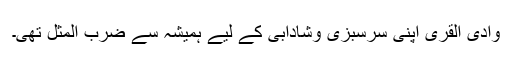
وادی القریٰ اپنی سرسبزی وشادابی کے لیے ہمیشہ سے ضرب المثل تھی۔